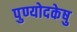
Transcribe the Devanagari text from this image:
पुण्योदकेषु